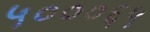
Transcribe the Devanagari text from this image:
५०००६५